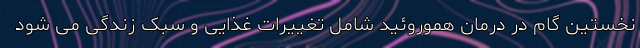
نخستین گام در درمان هموروئید شامل تغییرات غذایی و سبک زندگی می شود